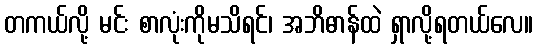
တကယ်လို့ မင်း စာလုံးကိုမသိရင်၊ အဘိဓာန်ထဲ ရှာလို့ရတယ်လေ။